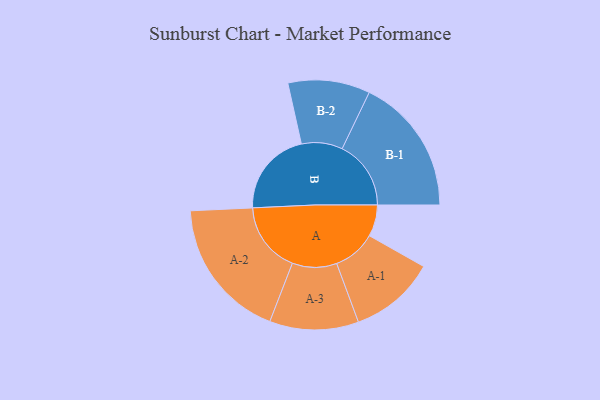
{"axis": {"x": "Segment", "y": "Value"}, "legend": ["", "A", "B"], "data": [{"x": "A", "y": 127, "type": ""}, {"x": "B", "y": 345, "type": ""}, {"x": "A-1", "y": 173, "type": "A"}, {"x": "A-2", "y": 285, "type": "A"}, {"x": "A-3", "y": 179, "type": "A"}, {"x": "B-1", "y": 277, "type": "B"}, {"x": "B-2", "y": 165, "type": "B"}]}